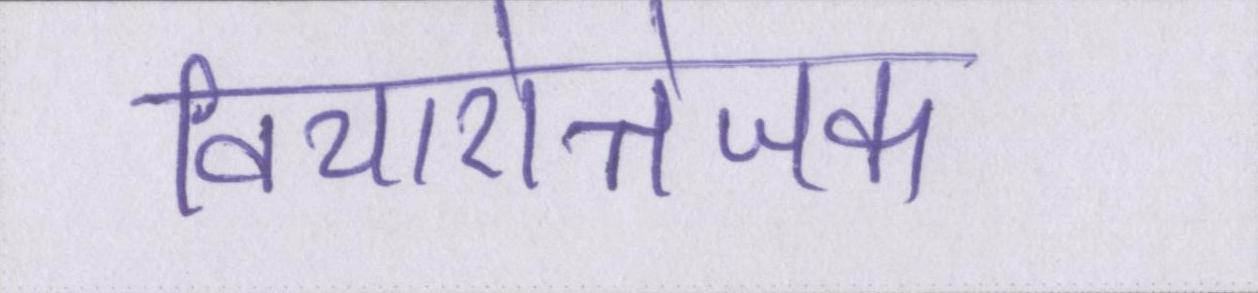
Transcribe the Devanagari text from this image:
विचारोत्तेजक